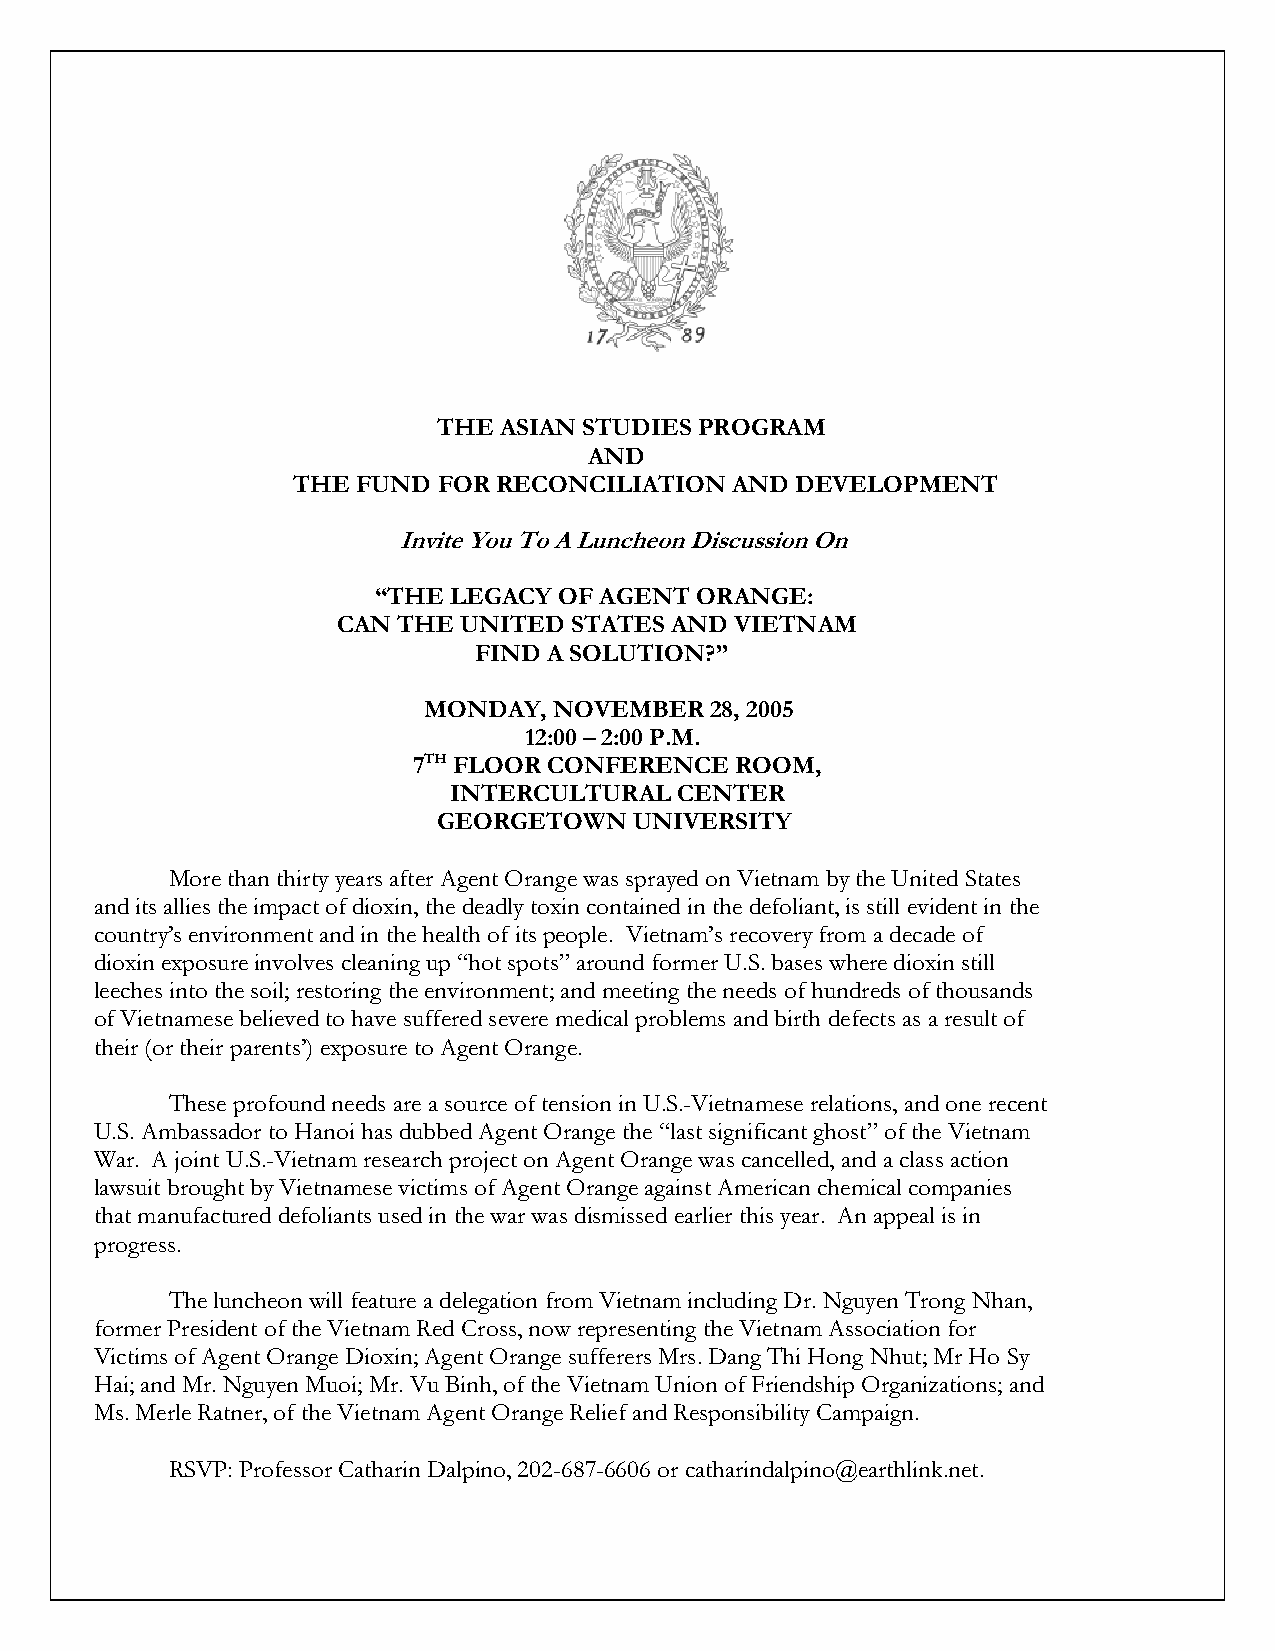
THE ASIAN STUDIES PROGRAM
 AND
 THE  FUND FOR RECONCILIATION  AND DEVELOPMENT
 Invite You To A Luncheon Discussion On
 “THE LEGACY OF AGENT ORANGE:
 CAN THE  UNITED STATES AND VIETNAM
 FIND A SOLUTION?”
 MONDAY,  NOVEMBER  28, 2005
 12:00 – 2:00 P.M.
 7TH FLOOR CONFERENCE  ROOM,
 INTERCULTURAL  CENTER
 GEORGETOWN   UNIVERSITY
 More than thirty years after Agent Orange was sprayed on Vietnam by the United States
 and its allies the impact of dioxin, the deadly toxin contained in the defoliant, is still evident in the
 country’s environment and in the health of its people. Vietnam’s recovery from a decade of
 dioxin exposure involves cleaning up “hot spots” around former U.S. bases where dioxin still
 leeches into the soil; restoring the environment; and meeting the needs of hundreds of thousands
 of Vietnamese believed to have suffered severe medical problems and birth defects as a result of
 their (or their parents’) exposure to Agent Orange.
 These profound needs are a source of tension in U.S.-Vietnamese relations, and one recent
 U.S. Ambassador to Hanoi has dubbed Agent Orange the “last significant ghost” of the Vietnam
 War. A joint U.S.-Vietnam research project on Agent Orange was cancelled, and a class action
 lawsuit brought by Vietnamese victims of Agent Orange against American chemical companies
 that manufactured defoliants used in the war was dismissed earlier this year. An appeal is in
 progress.
 The luncheon will feature a delegation from Vietnam including Dr. Nguyen Trong Nhan,
 former President of the Vietnam Red Cross, now representing the Vietnam Association for
 Victims of Agent Orange Dioxin; Agent Orange sufferers Mrs. Dang Thi Hong Nhut; Mr Ho Sy
 Hai; and Mr. Nguyen Muoi; Mr. Vu Binh, of the Vietnam Union of Friendship Organizations; and
 Ms. Merle Ratner, of the Vietnam Agent Orange Relief and Responsibility Campaign.
 RSVP: Professor Catharin Dalpino, 202-687-6606 or catharindalpino@earthlink.net.